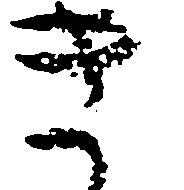
き